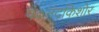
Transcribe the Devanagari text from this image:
पं०नंदकिशोर